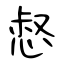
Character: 惄